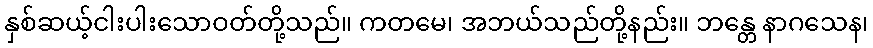
နှစ်ဆယ့်ငါးပါးသောဝတ်တို့သည်။ ကတမေ၊ အဘယ်သည်တို့နည်း။ ဘန္တေ နာဂသေန၊